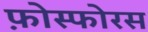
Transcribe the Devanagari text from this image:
फ़ोस्फोरस